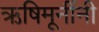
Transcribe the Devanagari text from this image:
ऋषिमूनींनी